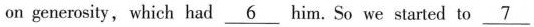
on generosity, which had \underline{6} him. So we started to \underline{7}